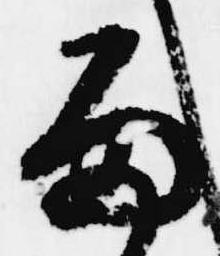
兼